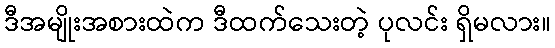
ဒီအမျိုးအစားထဲက ဒီထက်သေးတဲ့ ပုလင်း ရှိမလား။